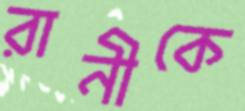
রানীকে